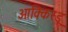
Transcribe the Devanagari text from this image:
आक्किस्डू